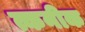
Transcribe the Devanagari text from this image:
त्कनीक